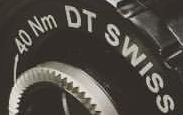
40 Nm DT SWISS